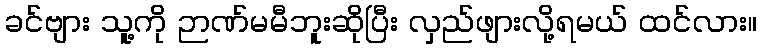
ခင်ဗျား သူ့ကို ဉာဏ်မမီဘူးဆိုပြီး လှည်ဖျားလို့ရမယ် ထင်လား။